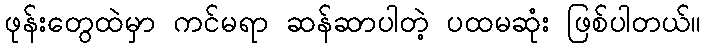
ဖုန်းတွေထဲမှာ ကင်မရာ ဆန်ဆာပါတဲ့ ပထမဆုံး ဖြစ်ပါတယ်။